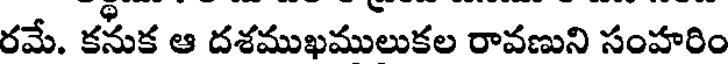
రమే. కనుక ఆ దశముఖములుకల రావణుని సంహరిం